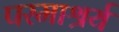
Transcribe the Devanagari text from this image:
परमाश्रर्य